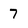
Character: 7